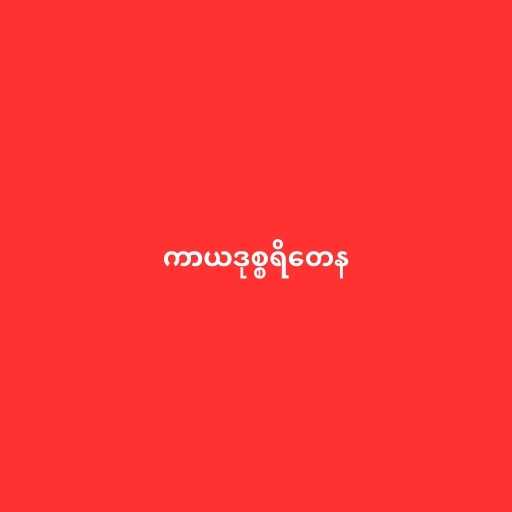
ကာယဒုစ္စရိတေန